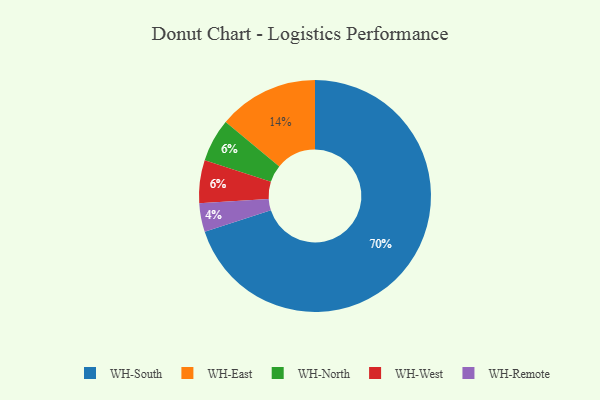
{"axis": {"x": "Category", "y": "Percentage"}, "legend": ["WH-East", "WH-North", "WH-Remote", "WH-South", "WH-West"], "data": [{"x": "WH-East", "y": 14, "type": "WH-East"}, {"x": "WH-North", "y": 6, "type": "WH-North"}, {"x": "WH-West", "y": 6, "type": "WH-West"}, {"x": "WH-South", "y": 70, "type": "WH-South"}, {"x": "WH-Remote", "y": 4, "type": "WH-Remote"}]}